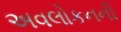
અવલોકનની